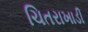
ચિતરાખાડી